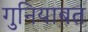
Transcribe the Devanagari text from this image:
गुनियाबत